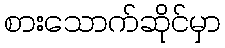
စားသောက်ဆိုင်မှာ